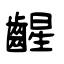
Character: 𫠛